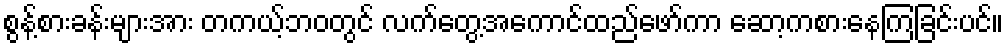
စွန့်စားခန်းများအား တကယ့်ဘဝတွင် လက်တွေ့အကောင်ထည်ဖော်ကာ ဆော့ကစားနေကြခြင်းပင်။